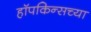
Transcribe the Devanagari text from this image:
हॉपकिन्सच्या